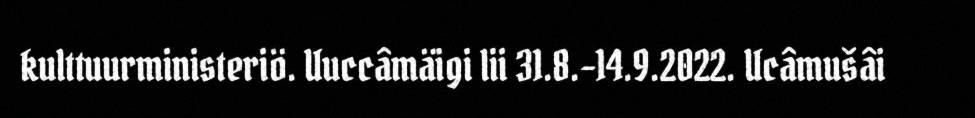
kulttuurministeriö. Uuccâmäigi lii 31.8.–14.9.2022. Ucâmušâi